King Institute of Preventive Medicine Bacteriolog. Section reports 1907-08
Year: 1907
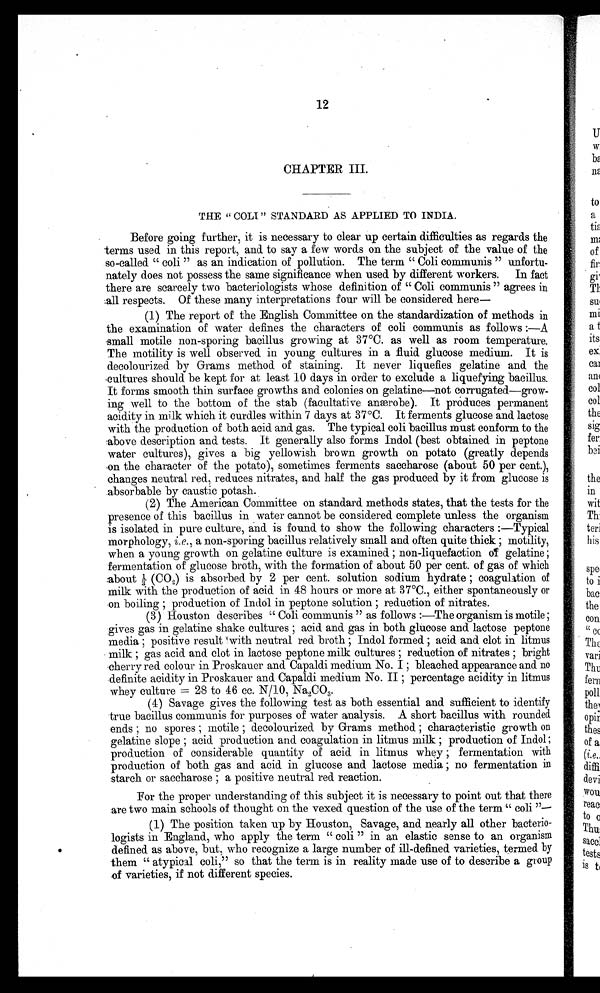
CHAPTER III.
THE " COLT " STANDARD AS APPLIED TO INDIA.
Before going further, it is necessary to clear up certain difficulties as regards the
terms used in this report, and. to say a few words on the subject of the value of the
so-called " coli " as an indication of pollution. The term " Coli communis " unfortu-
nately does not possess the same significance when used. by different workers. In fact
there are scarcely two bacteriologists whose definition of " Coli communis " agrees in
:all respects. Of these many interpretations four will be considered here
(1) The report of the English Committee on the standardization of methods in
the examination of water defines the characters of coli communis as follows :—A
small motile non-sporing bacillus growing at 37°C. as well as room temperature.
The motility is well observed in young cultures in a fluid. glucose medium. It is
decolourized by Grams method of staining. It never liquefies gelatine and the
cultures should be kept for at least 10 days in order to exclude a liquefying bacillus.
It forms smooth thin surface growths and colonies on gelatine—not corrugated—grow-
ing well to the bottom of the stab (facultative anmrobe). It produces permanent
acidity in milk which it curdles within 7 days at 37°C. It ferments glucose and lactose
with the production of both acid and gas. The typical coli bacillus must conform to the
above description and tests. It generally also forms Indol (best obtained in peptone
water cultures), gives a big yellowish brown growth on potato (greatly depends
on the character of the potato), sometimes ferments saccharose (about 50 per cent.),
changes neutral red, reduces nitrates, and half the gas produced by it from glucose is
.absorbable by caustic potash.
(2) The American Committee on standard methods states, that the tests for the
presence of this bacillus in water cannot be considered complete unless the organism
is isolated in pure culture, and is found to show the following characters :—Typical
morphology, i.e., a non-sporing bacillus relatively small and often quite thick ; motility,
when a young growth on gelatine culture is examined ; non-liquefaction o f gelatine ;
fermentation of glucose broth, with the formation of about 50 per cent. of gas of which
:about 3 (CO2) is absorbed by 2 per cent. solution sodium hydrate ; coagulation of
milk with the production of acid in 48 hours or more at 37°C., either spontaneously or
on boiling ; production of Indol in peptone solution ; reduction of nitrates.
(3) Houston describes " Coli communis " as follows :--The organism is motile ;
gives gas i.n gelatine shake cultures ; acid and gas in both glucose and lactose peptone
media ; positive result 'with neutral red broth • Indol formed ; acid and clot in litmus
milk ; gas acid and clot in lactose peptone milk cultures ; reduction of nitrates ; bright
cherry red colour in Proskauer and Capaldi medium No. I ; bleached appearance and no
definite acidity in Proskauer and Capaldi medium No. II ; percentage acidity in litmus
whey culture
28 to 46 cc. N/10, Na2 C O
3 .
(4) Savage gives the following test as both essential and sufficient to identify
true bacillus communis for purposes of water analysis. A short bacillus with rounded
ends ; no spores ; motile ; decolourized by Grams method ; characteristic growth on
gelatine slope ; acid production and coagulation in litmus milk ; production of Indol ;
production of considerable quantity of acid in litmus whey ; fermentation with
production of both gas and acid in glucose and lactose media ; no fermentation in
starch or saccharose ; a positive neutral red reaction.
For the proper understanding of this subject it is necessary to point out that there
are two main schools of thought on the vexed question of the use of the term " coli "-
(1) The position taken up by Houston, Savage, and nearly all other bacterio-
logists in England, who apply the term " coli " in an elastic sense to an organism
defined as above, but, who recognize a large number of ill-defined varieties, termed by
them " atypical coli," so that the term is in reality made use of to describe a group
.of varieties, if not different species.